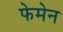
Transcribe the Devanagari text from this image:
फेमेन